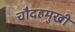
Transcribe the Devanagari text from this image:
चौदहमुखी